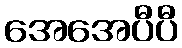
အေအေပီပီ